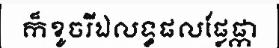
ក៏ខូចរីឯលទ្ធផលផ្លែផ្កា